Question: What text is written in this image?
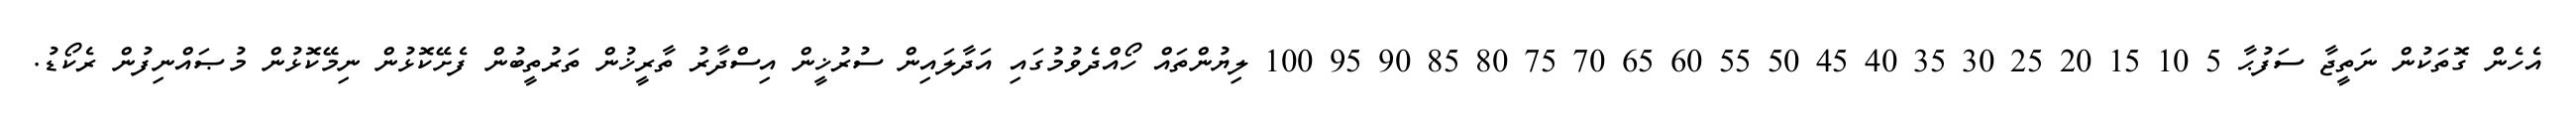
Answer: އެހެން ގޮތަކުން ނަތީޖާ ސަފުޙާ 5 10 15 20 25 30 35 40 45 50 55 60 65 70 75 80 85 90 95 100 ލިޔުންތައް ހޯއްދެވުމުގައި އަދާލައިން ސުރުޚީން އިސްދާރު ތާރީޚުން ތަރުތީބުން ފެށޭކޮޅުން ނިމޭކޮޅުން މުޞައްނިފުން ރެކޯޑު.